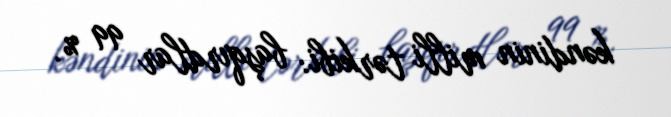
kəndinin milli tərkibi: başqırdlar 99 %.